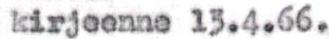
kirjeenne 13.4.66